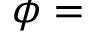
\phi =